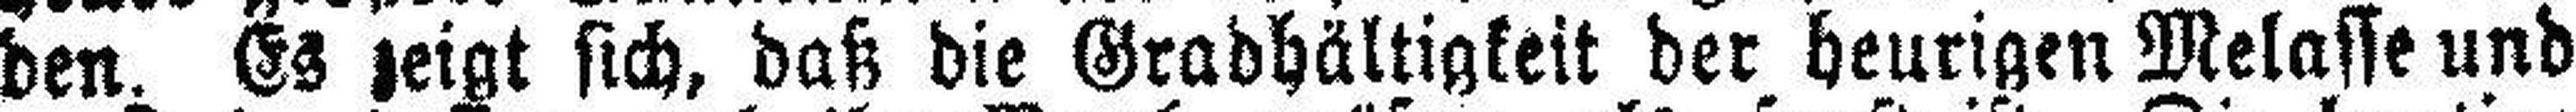
den. Es zeigt sich, daß die Grabhältigkeit der heurigen Melasse und